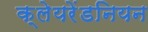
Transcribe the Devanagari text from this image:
क्लेयरेंडनियन